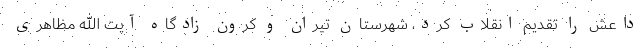
داعش را تقدیم انقلاب کرد، شهرستان تیران و کرون زادگاه آیت الله مظاهری